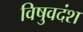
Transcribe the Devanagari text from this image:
विषुवदंश